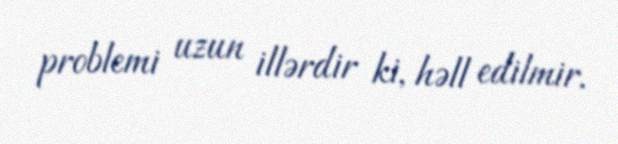
problemi uzun illərdir ki, həll edilmir.